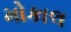
મોકાલ